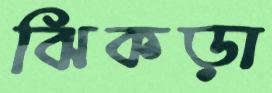
ঝিকড়া